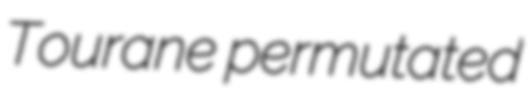
Tourane permutated